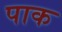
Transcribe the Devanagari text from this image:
पाक